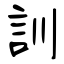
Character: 訓